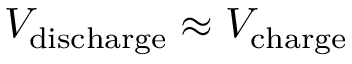
V _ { \mathrm { d i s c h a r g e } } \approx V _ { \mathrm { c h a r g e } }